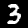
Label: 3